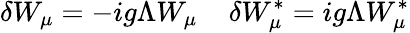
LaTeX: \delta W_{\mu}=-ig\Lambda W_{\mu}\; \; \; \; \delta W_{\mu}^{\ast}=ig\Lambda W_{\mu}^{\ast}